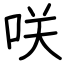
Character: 咲